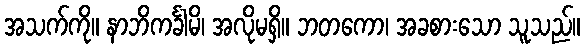
အသက်ကို။ နာဘိကင်္ခါမိ၊ အလိုမရှိ။ ဘတကော၊ အခစားသော သူသည်။